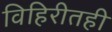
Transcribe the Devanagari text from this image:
विहिरीतही